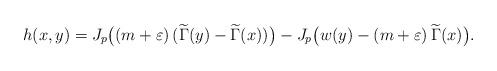
LaTeX: \begin{align*}h(x, y)=J_p\big((m+\varepsilon)\,(\widetilde\Gamma(y)-\widetilde\Gamma(x))\big)-J_p\big(w(y)-(m+\varepsilon)\,\widetilde\Gamma(x)\big).\end{align*}